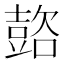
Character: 𲂞